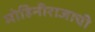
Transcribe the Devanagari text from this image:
मोहिनीराजाची